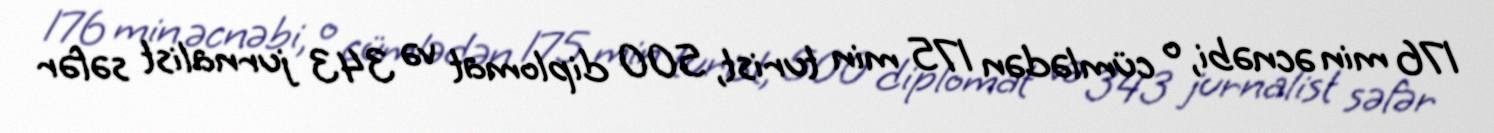
176 min əcnəbi, o cümlədən 175 min turist, 500 diplomat və 343 jurnalist səfər